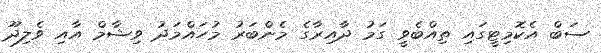
ސަބް އެކޮމިޓީގައި ތިއްބެވީ ގަމު ދާއިރާގެ މެންބަރު މުހައްމަދު ވިޝާމް އާއި ވެލިދޫ